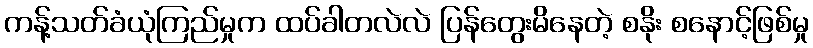
ကန့်သတ်ခံယုံကြည်မှုက ထပ်ခါတလဲလဲ ပြန်တွေးမိနေတဲ့ စနိုး စနောင့်ဖြစ်မှု